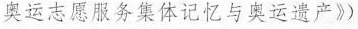
奥运志愿服务集体记忆与奥运遗产》)